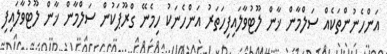
އަންހެނުންތަކެއް ސަލްމާން ޚާން ލޫޓުވާލައިފިހަތަރު އަންހެނަކު ހިމެނޭ ގްރޫޕަކުން ސަލްމާން ޚާން ލޫޓުވާލައިފި